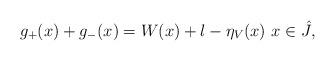
LaTeX: \begin{align*}g_+(x)+g_-(x)=W(x)+l-\eta_V(x) \ x\in\hat{J},\end{align*}